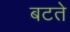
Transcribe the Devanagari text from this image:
बटते